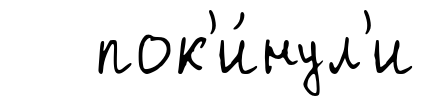
пок'и́нул'и